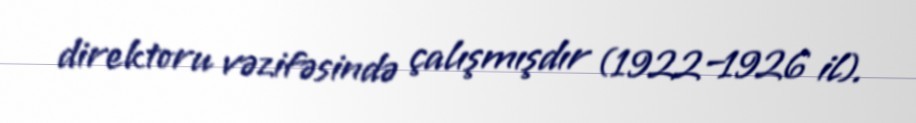
direktoru vəzifəsində çalışmışdır (1922–1926 il).